Report on vaccination in the Province of Bengal - 1874-1889
Year: 1874
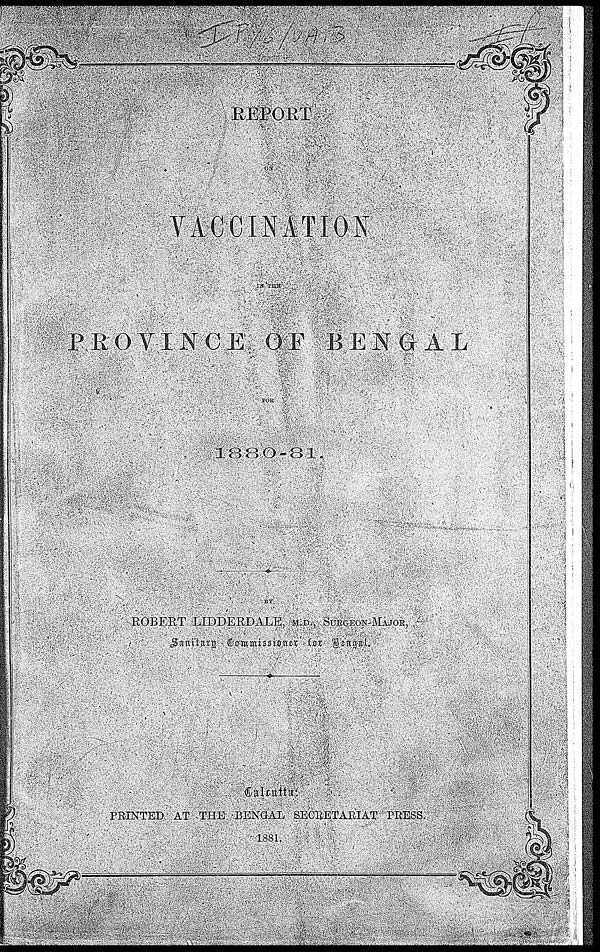
REPORT
ON
VACCINATION
IN THE
PROVINCE OF BENGAL
FOR
1880-81.
BY
ROBERT LIDDERDALE, M.D., SURGEON-MAJOR,
Sanitary Commissioner for Bengal.
Calcutta:
PRINTED AT THE BENGAL SECRETARIAT PRESS.
1881.